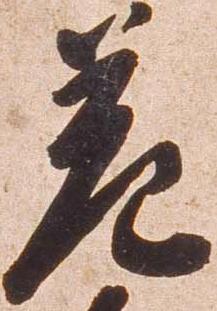
差